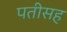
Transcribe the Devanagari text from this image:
पतीसह